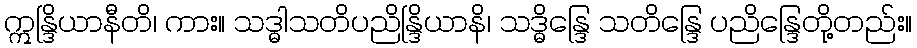
ဣန္ဒြိယာနီတိ၊ ကား။ သဒ္ဓါသတိပညိန္ဒြိယာနိ၊ သဒ္ဓိန္ဒြေ သတိန္ဒြေ ပညိန္ဒြေတို့တည်း။